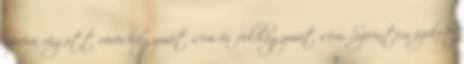
apróra vágott vöröshagymát sem és fokhagymát sem. Szerintem ezeket